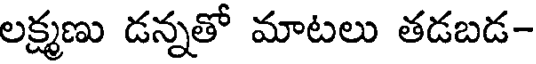
లక్ష్మణు డన్నతో మాటలు తడబడ-